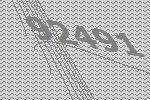
92491